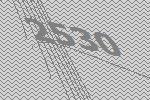
2530